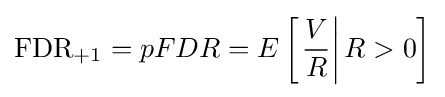
\mathrm {FDR} _{+1}=pFDR=E\left[\left.{\frac {V}{R}}\right|R>0\right]